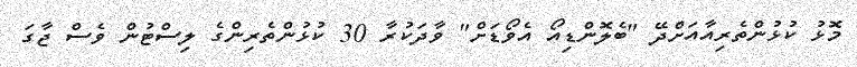
މޮޅު ކުޅުންތެރިއާއަށްދޭ "ބެލޮންޑިއޯ އެވޯޑަށް" ވާދަކުރާ 30 ކުޅުންތެރިންގެ ލިސްޓުން ވެސް ޖާގަ